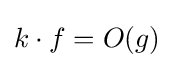
k\cdot f=O(g)